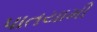
પાતયામી